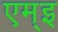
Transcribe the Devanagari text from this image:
एम्इ